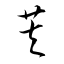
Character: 芙